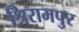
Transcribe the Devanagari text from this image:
श्रिरामपुर